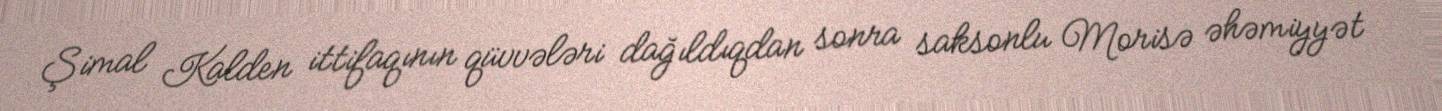
Şimal Kalden ittifaqının qüvvələri dağıldıqdan sonra saksonlu Morisə əhəmiyyət